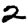
Digit: 2